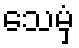
သေမှံ